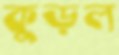
কুড়ল